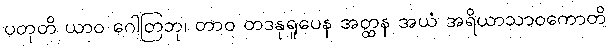
ပတုတိ ယာဝ ဂေါတြဘု၊ တာဝ တဒနုရူပေန အတ္ထန အယံ အရိယာသာဝကောတိ